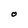
Character: O